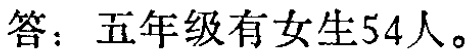
答：五年级有女生54人。